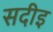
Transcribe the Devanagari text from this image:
सदीइ